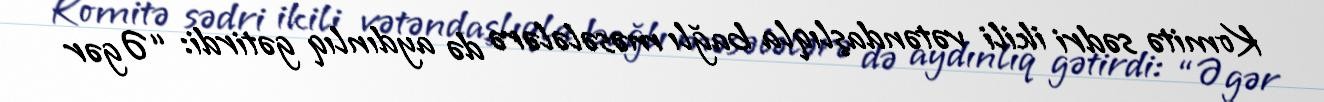
Komitə sədri ikili vətəndaşlıqla bağlı məsələlərə də aydınlıq gətirdi: “Əgər